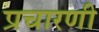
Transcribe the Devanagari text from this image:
प्रचारणी